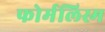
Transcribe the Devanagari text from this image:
फोर्मलिस्म